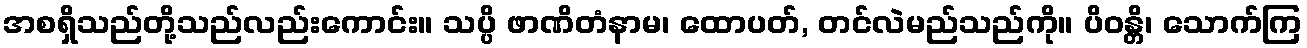
အစရှိသည်တို့သည်လည်းကောင်း။ သပ္ပိ ဖာဏိတံနာမ၊ ထောပတ်, တင်လဲမည်သည်ကို။ ပိဝန္တိ၊ သောက်ကြ